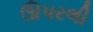
ઊપરલી